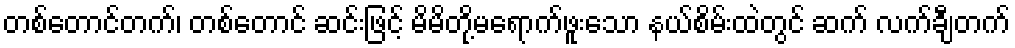
တစ်တောင်တက်၊ တစ်တောင် ဆင်းဖြင့် မိမိတို့မရောက်ဖူးသော နယ်စိမ်းထဲတွင် ဆက် လက်ချီတက်